Indian journal of veterinary science and animal husbandry - Volume 3,
Year: 1933
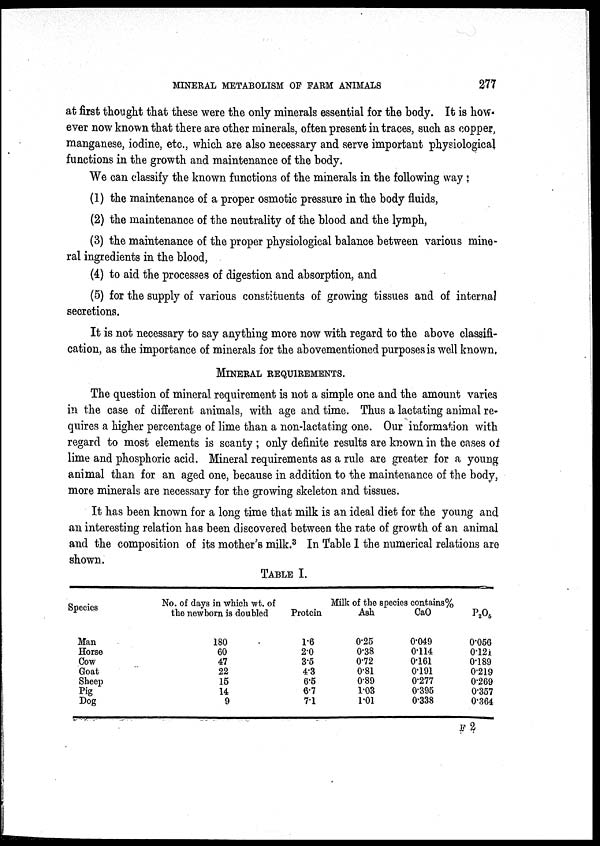
MINERAL METABOLISM OF FARM ANIMALS
277
at first thought that these were the only minerals essential for the body. It is how.
ever now known that there are other minerals, often present in traces, such as copper,
manganese, iodine, etc., which are also necessary and serve important physiological
functions in the growth and maintenance of the body.
We can classify the known functions of the minerals in the following way :
(1) the maintenance of a proper osmotic pressure in the body fluids,
(2) the maintenance of the neutrality of the blood and the lymph,
(3) the maintenance of the proper physiological balance between various mine-
ral ingredients in the blood,
(4) to aid the processes of digestion and absorption, and
(5) for the supply of various constituents of growing tissues and of internal
secretions.
It is not necessary to say anything more now with regard to the above classifi-
cation, as the importance of minerals for the abovementioned purposes is well known,
MINERAL REQUIREMENTS.
The question of mineral requirement is not a simple one and the amount varies
in the case of different animals, with age and time. Thus a lactating animal re-
quires a higher percentage of lime than a non-lactating one. Our information with
regard to most elements is scanty ; only definite results are known in the cases of
lime and phosphoric acid. Mineral requirements as a rule are greater for a young
animal than for an aged one, because in addition to the maintenance of the body,
more minerals are necessary for the growing skeleton and tissues.
It has been known for a long time that milk is an ideal diet for the young and
an interesting relation has been discovered between the rate of growth of an animal
and the composition of its mother's milk. 3 In Table I the numerical relations are
shown.
TABLE I.
Species
Man
Horse
Cow
Goat
Sheep
Pig
Dog
No. of days in which wt. of
the newborn is doubled
180
60
47
22
15
14
9
Milk of the species contains%
Protein
1.6
2.0
3.5
4.3
6.5
6.7
7.1
Ash
0.25
0.38
0.72
0.81
0.89
1.03
1.01
CaO
0.049
0.114
0.161
0.191
0.277
0.395
0.338
P 2 O 5
0.056
0.121
0.189
0.219
0.269
0.357
0.364
F 2